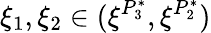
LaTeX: \xi_{1},\xi_{2}\in(\xi^{P_{3}^{*}},\xi^{P_{2}^{*}})